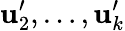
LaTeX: \mathbf{u}_{2}^{\prime},\ldots,\mathbf{u}_{k}^{\prime}